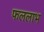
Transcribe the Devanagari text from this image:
फललाभ